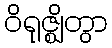
ဝိရုဇ္ဈိတွာ